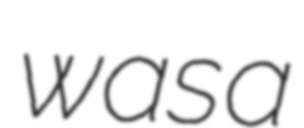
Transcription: was a